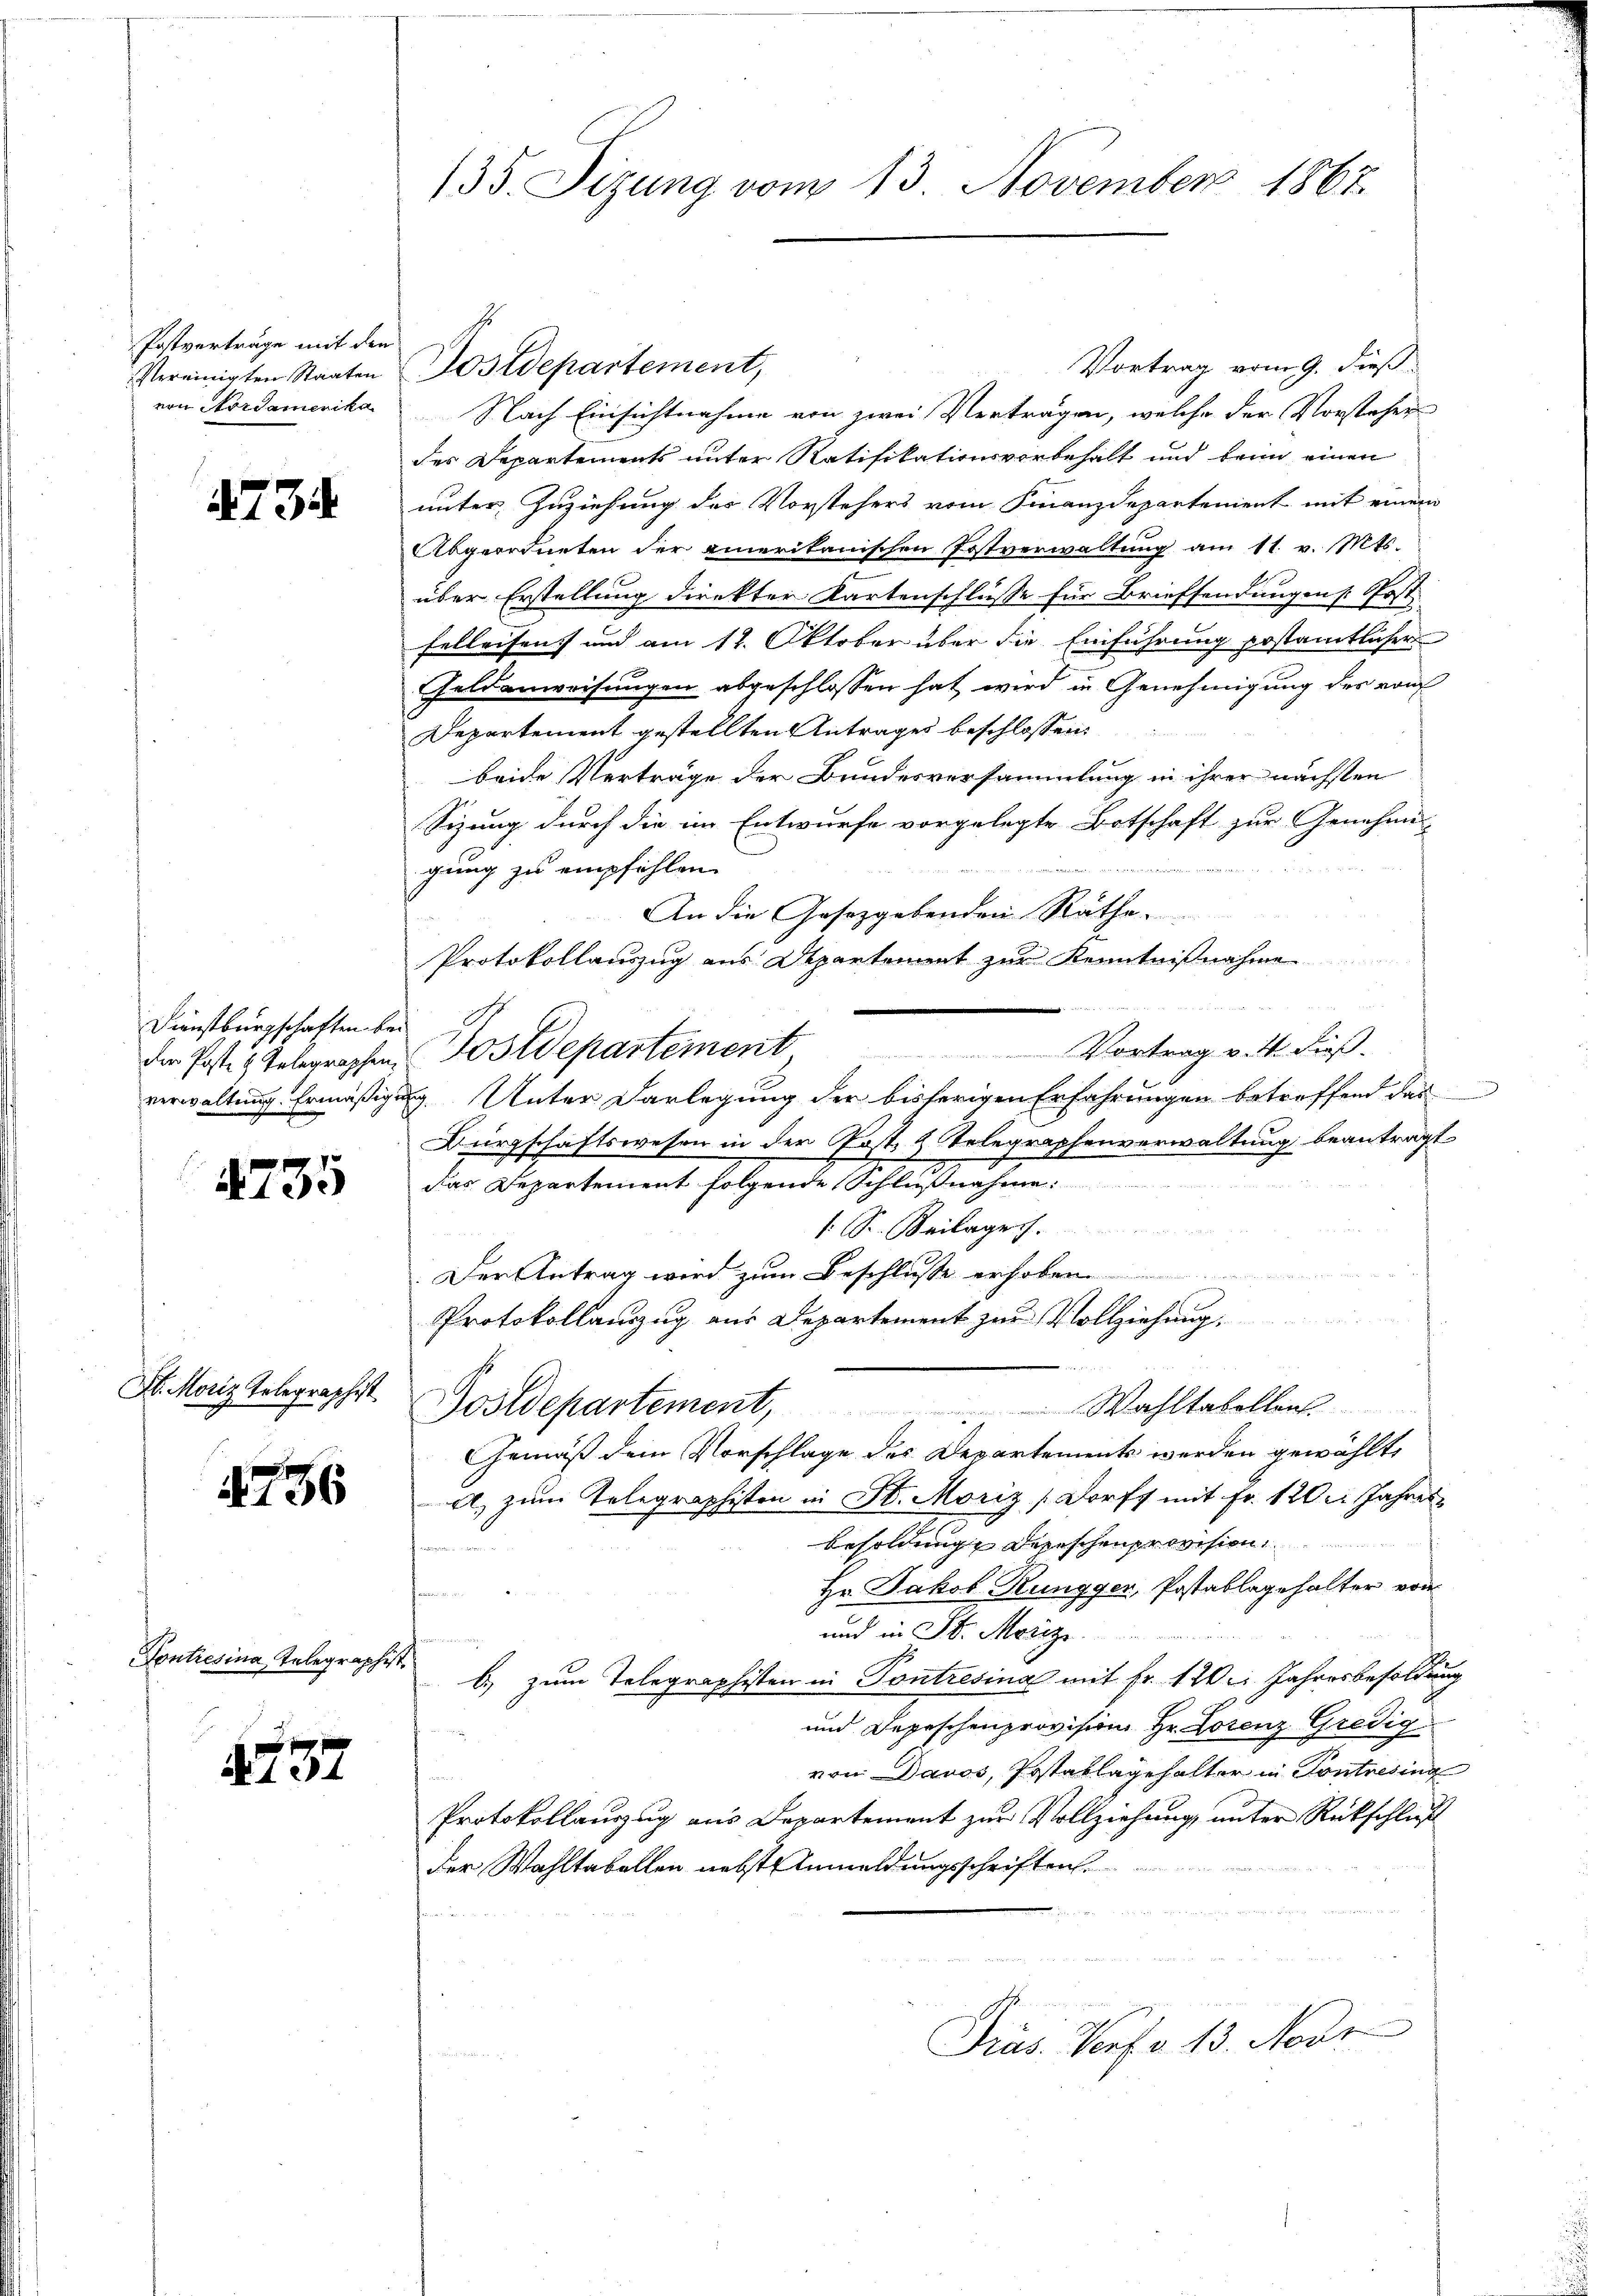
Postverträge mit den
Vereinigten Staaten
von Nordamerika

734

Dienstbürgschaften beder Poste H. Telegraphenverwaltung. Ermäßig¬

4735

H. Moriz Telegraphist

4736

Kontresina Telegraphist.

4757

135. Sizung vom 13. November 1867.

Vortrag vom 9. dieß:
Dostdepartement,
Nach Einsichtnahme von zwei Verträgen, welche der Vorsteher
der Departements unter Ratifikationsvorbehalt und kein einen
unter Zuziehung des Vorstehers vom Finanzdepartement mit einem
Abgeordneten der amerikanischen Postverwaltung am 11. v. Mts.
über Erstellung direkter Kartenschlüsse für Briefsendungen [Post
felleisen und am 14. Oktober über die Einführung postamtlicher
Geldenweisungen abgeschlossen hat wird in Genehmigung des vom
Departement gestellten Antrages beschlossen:
beide Verträge der Bundesversammlung in ihrer nächsten
Sizung durch die im Entwurfe vorgelegte Botschaft zur Genehmi-
ie tritten heissen wird
gung zu empfehlen.
An die Gesetzgebenden Räthe.
Protokollauszug aus Departement zur Kenntnißnahme
Postdepartement
Vortrag v. 4. Fuß.
g. Unter Darlegung der bisherigen Erfahrungen betreffend das
Bürgschaftswesen in der Post- & Telegraphenverwaltung beantragt
das Departement folgende Schlußnahme
s. S. Beilage
.Der Antrag wird zum Beschlusse erhoben
Protokollanzug aus Departement zur Vollziehung
Postdepartement, Wahltabellen.
Gemäß dem Vorschlage des Departements werden gewählte
A, zum Telegraphisten in St. Moriz Dorfs mit Fr. 120. Jahres
Besoldunge Depeschenprovision
Hr. Jakob Rungger, Postablagehalter von
n
und in St. Merizi
l) zum Telegraphisten in Pontresina mit Fr. 120. Jahresbesoldung
und Depeschenprovision Hr. Lorenz Gredig
von Davos, Postablagehalter in Pontresing
Protokollauszug aus Departement zur Vollziehung, unter Rückschluß
der Wahltabellen nebst Anmeldungsschriften.
Fräs. Vorfa. 13. Neur